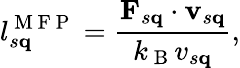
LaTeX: l_{s\mathbf{q}}^{\mathrm{~M~F~P~}}=\frac{\mathbf{F}_{s\mathbf{q}}\cdot\mathbf{v}_{s\mathbf{q}}}{k_{\mathrm{~B~}}v_{s\mathbf{q}}},